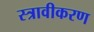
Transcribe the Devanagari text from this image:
स्त्रावीकरण